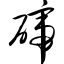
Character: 碲